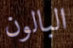
البالون